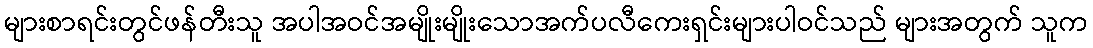
များစာရင်းတွင်ဖန်တီးသူ အပါအဝင်အမျိုးမျိုးသောအက်ပလီကေးရှင်းများပါဝင်သည် များအတွက် သူက